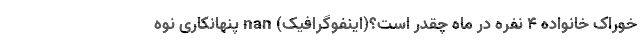
خوراک خانواده ۴ نفره در ماه چقدر است؟(اینفوگرافیک) nan پنهانکاری نوه